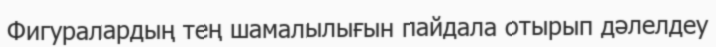
Фигуралардың тең шамалылығын пайдала отырып дәлелдеу